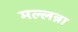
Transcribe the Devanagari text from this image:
मल्लन्ना